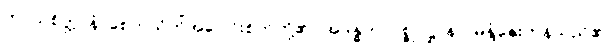
ကာယစိတ္တာနံ၊ စေတသိက်အပေါင်းစိတ်တို့၏။ အဒန္ဓတာပစ္စုပဋ္ဌာနာ၊ မနုံ့နှေးကုန်သည်၏